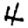
Digit: 4